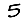
Digit: 5